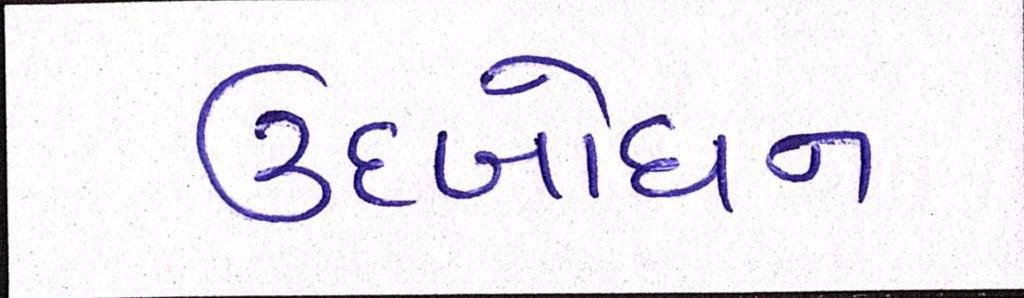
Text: ઉદબોધન